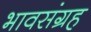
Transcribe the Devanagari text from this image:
भावसंग्रह